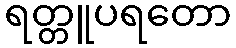
ရတ္တူပရတော